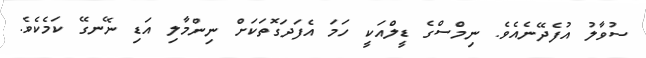
ސުވާލު އުފެދޭނެއެވެ. ނިމްސްގެ ޑީލްއަކީ ހަމަ އެފަދަގޮތަކަށް ނިންމާލި އަޑި ނޭނގޭ ކަމެކެވެ.